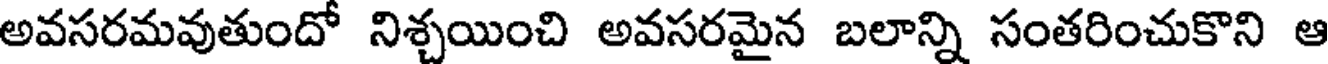
అవసరమవుతుందో నిశ్చయించి అవసరమైన బలాన్ని సంతరించుకొని ఆ